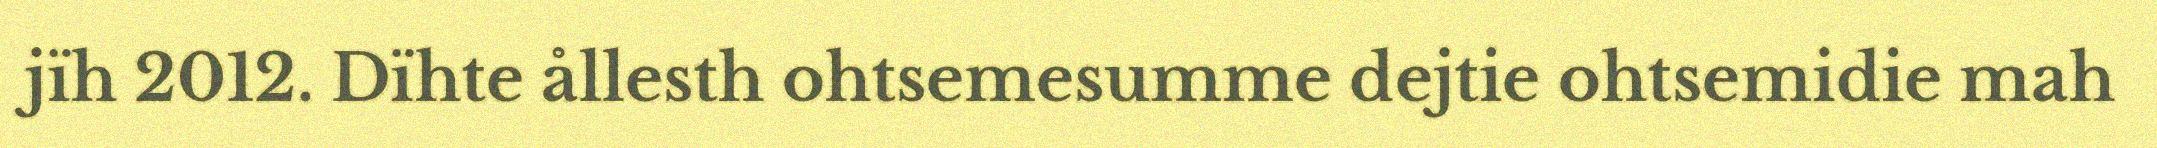
jïh 2012. Dïhte ållesth ohtsemesumme dejtie ohtsemidie mah